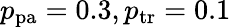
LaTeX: p_{\mathrm{pa}}=0.3,p_{\mathrm{tr}}=0.1